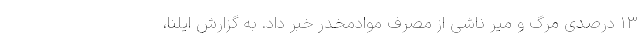
۱۳ درصدی مرگ و میر ناشی از مصرف موادمخدر خبر داد. به گزارش ایلنا،